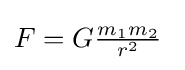
\textstyle F=G{\frac {m_{1}m_{2}}{r^{2}}}\